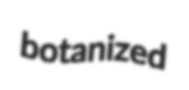
botanized